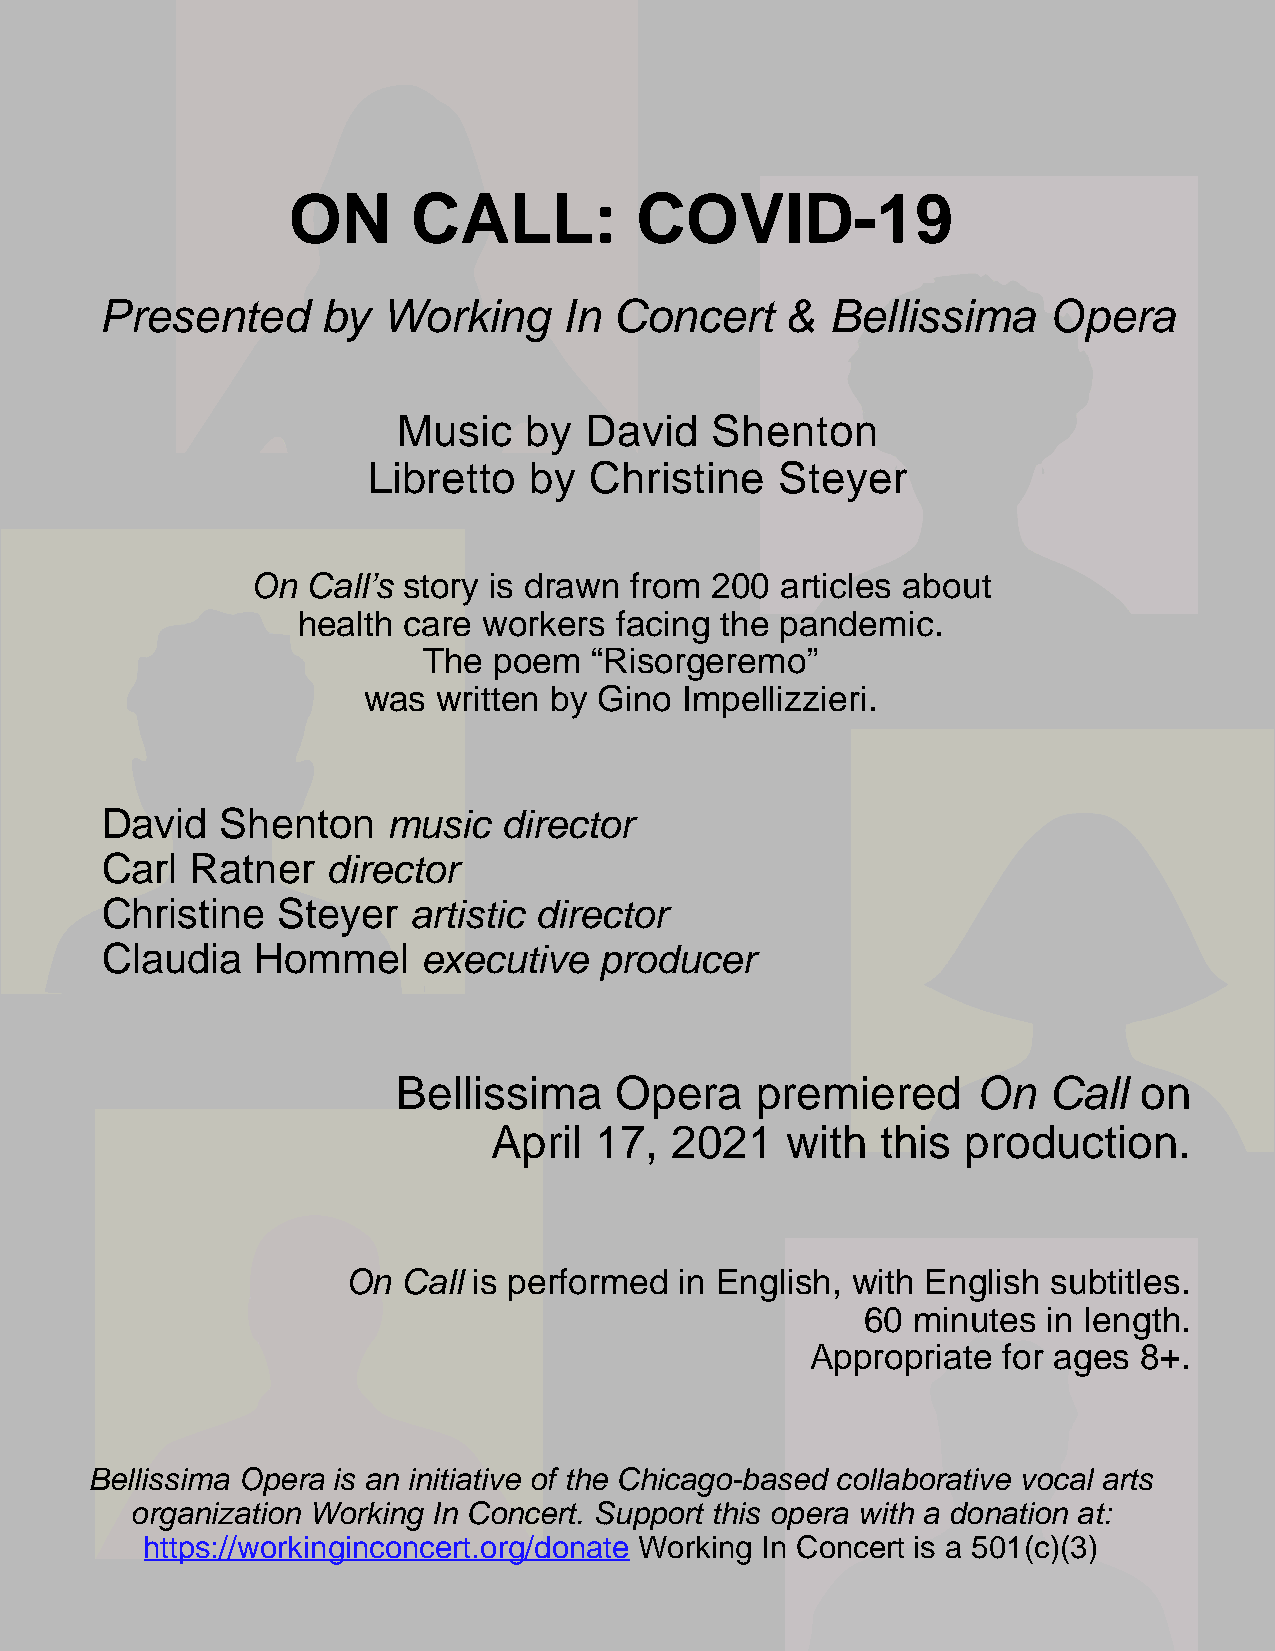
ON      CALL:          COVID-19
 Presented     by  Working     In  Concert    &  Bellissima    Opera
 Music    by  David   Shenton
 Libretto   by  Christine    Steyer
 On Call’s story is drawn from 200  articles about
 health care workers  facing the pandemic.
 The  poem  “Risorgeremo”
 was  written by Gino Impellizzieri.
 David   Shenton    music  director
 Carl  Ratner   director
 Christine  Steyer   artistic director
 Claudia   Hommel     executive   producer
 Bellissima     Opera    premiered      On  Call  on
 April  17,  2021    with  this  production.
 On  Call is performed in English, with English subtitles.
 60 minutes  in length.
 Appropriate for ages  8+.
 Bellissima Opera is an initiative of the Chicago-based collaborative vocal arts
 organization Working In Concert. Support this opera with a donation at:
 https://workinginconcert.org/donate Working In Concert is a 501(c)(3)